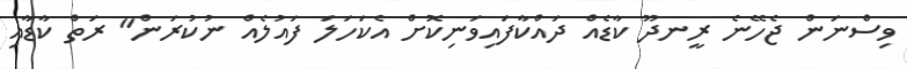
ވިސްނަން ޖެހޭނެ ރީނދޫ ކާޑެއް ދައްކާފައިވަނިކޮށް އެކަހަލަ ފައުލެއް ނުކުރަން" ރަތް ކާޑާއި